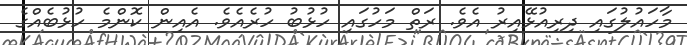
މާހައުލުގައި ދިރިއުޅޭއިރު އެވެ. ރަތް މަހުގައި ހުޅުބު ހުރެއެވެ. އެއިން ކޮންމެ ހުޅުބެއްގެ